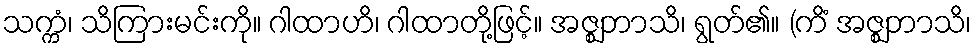
သက္ကံ၊ သိကြားမင်းကို။ ဂါထာဟိ၊ ဂါထာတို့ဖြင့်။ အဇ္ဈဘာသိ၊ ရွတ်၏။ (ကိံ အဇ္ဈဘာသိ၊